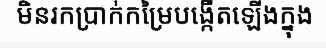
មិនរកប្រាក់កម្រៃបង្កើតឡើងក្នុង